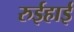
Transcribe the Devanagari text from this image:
रुईहाई